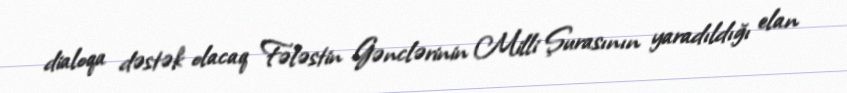
dialoqa dəstək olacaq Fələstin Gənclərinin Milli Şurasının yaradıldığı elan